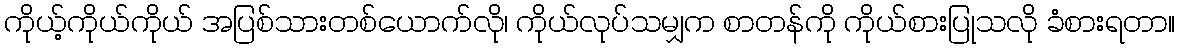
ကိုယ့်ကိုယ်ကိုယ် အပြစ်သားတစ်ယောက်လို၊ ကိုယ်လုပ်သမျှက စာတန်ကို ကိုယ်စားပြုသလို ခံစားရတာ။